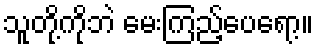
သူတို့ကိုဘဲ မေးကြည့်ပေရော့။